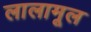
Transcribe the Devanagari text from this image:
लालामूल